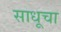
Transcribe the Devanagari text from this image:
साधूचा